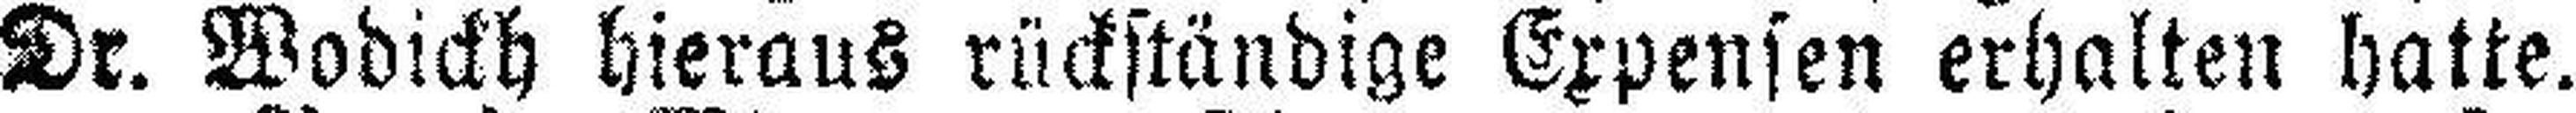
Dr. Wodickh hieraus rückständige Expensen erhalten hatte.